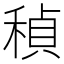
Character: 𬓲